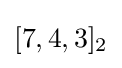
[7,4,3]_{2}